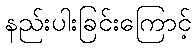
နည်းပါးခြင်းကြောင့်